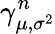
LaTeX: \gamma_{\mu,\sigma^{2}}^{n}